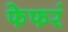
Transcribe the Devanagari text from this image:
फेफरं